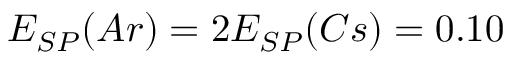
E _ { S P } ( A r ) = 2 E _ { S P } ( C s ) = 0 . 1 0